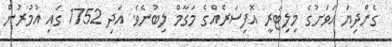
ގެންދިޔަ އަވަށުގެ މިލިޓަރީ އޮފިސަރެއްގެ މަގާމް ލިބުނެވެ. އަދި 1752 ގައި އުމުރުން